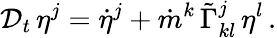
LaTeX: {\cal D}_{t}\, \eta^{j}=\dot{\eta}^{j}+\dot{m}^{k}\, \tilde{\Gamma}_{kl}^{j}\, \eta^{l}\, .